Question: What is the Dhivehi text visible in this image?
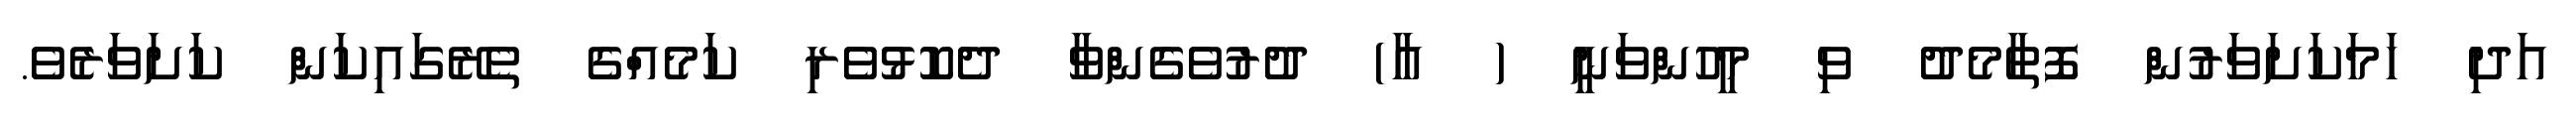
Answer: އަދި ހަމަކަށަވަރުން ފޮތާމެދު ވި މީހުންވަނީ ( އާ) ދުރުވެގެންވާ ދެކޮޅުވެރި ކަމެއްގެ ތެރޭގައިކަން ކަށަވަރެވެ.